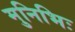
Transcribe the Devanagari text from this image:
मुनिभिः